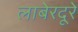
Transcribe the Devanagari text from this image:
लाबेरदूरे